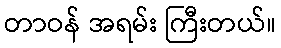
တာဝန် အရမ်း ကြီးတယ်။